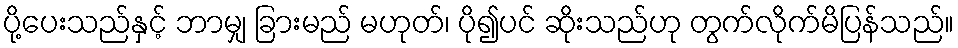
ပို့ပေးသည်နှင့် ဘာမျှ ခြားမည် မဟုတ်၊ ပို၍ပင် ဆိုးသည်ဟု တွက်လိုက်မိပြန်သည်။